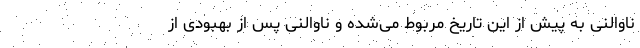
ناوالنی به پیش از این تاریخ مربوط می‌شده و ناوالنی پس از بهبودی از